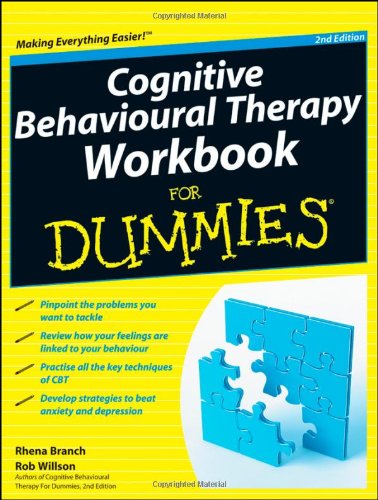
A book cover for Cognitive Behavioural Therapy Workbook For Dummies; Rhena Branch; Medical Books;